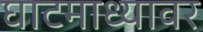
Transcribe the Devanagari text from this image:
घाटमाध्यावर